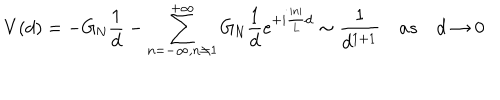
LaTeX: V ( d ) = - G _ { \mathrm { N } } { \frac { 1 } { d } } - \sum _ { n = - \infty , n \not = 1 } ^ { + \infty } G _ { \mathrm { N } } { \frac { 1 } { d } } e ^ { + i { \frac { | n | } { L } } d } \sim { \frac { 1 } { d ^ { 1 + 1 } } } \quad a s \quad d \rightarrow 0